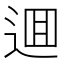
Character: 逥